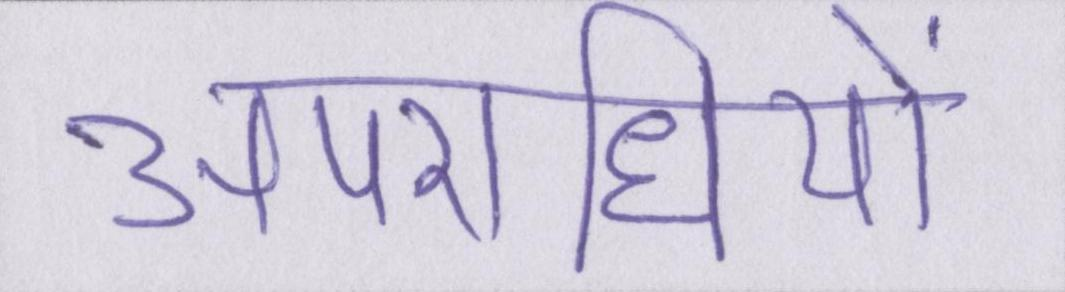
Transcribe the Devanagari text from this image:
अपराधियों